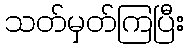
သတ်မှတ်ကြပြီး